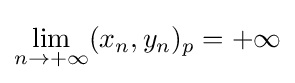
\lim _{n\to +\infty }(x_{n},y_{n})_{p}=+\infty